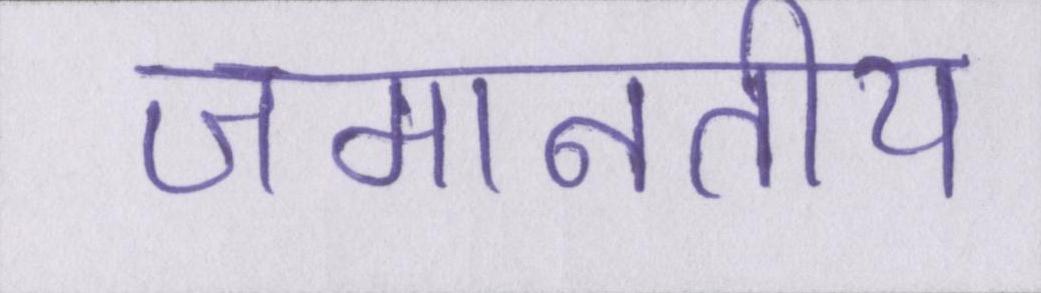
जमानतीय